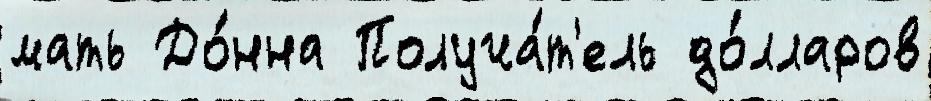
мать До́нна Получа́т'ель до́лларов